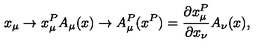
x _ { \mu } \to x _ { \mu } ^ { P } A _ { \mu } ( x ) \to A _ { \mu } ^ { P } ( x ^ { P } ) = \frac { \partial x _ { \mu } ^ { P } } { \partial x _ { \nu } } A _ { \nu } ( x ) ,